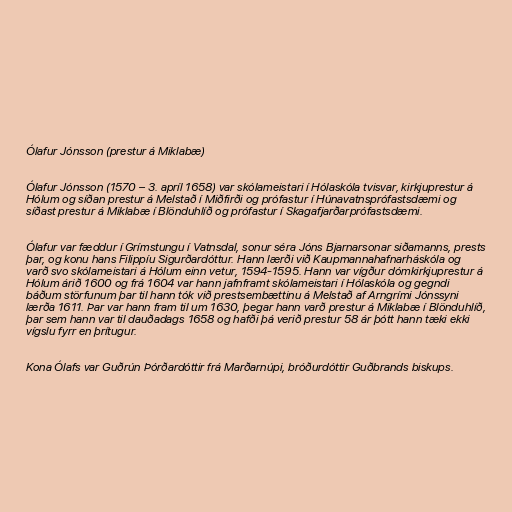
Ólafur Jónsson (prestur á Miklabæ)

Ólafur Jónsson (1570 – 3. apríl 1658) var skólameistari í Hólaskóla tvisvar, kirkjuprestur á
Hólum og síðan prestur á Melstað í Miðfirði og prófastur í Húnavatnsprófastsdæmi og
síðast prestur á Miklabæ í Blönduhlíð og prófastur í Skagafjarðarprófastsdæmi.

Ólafur var fæddur í Grímstungu í Vatnsdal, sonur séra Jóns Bjarnarsonar siðamanns, prests
þar, og konu hans Filippíu Sigurðardóttur. Hann lærði við Kaupmannahafnarháskóla og
varð svo skólameistari á Hólum einn vetur, 1594-1595. Hann var vígður dómkirkjuprestur á
Hólum árið 1600 og frá 1604 var hann jafnframt skólameistari í Hólaskóla og gegndi
báðum störfunum þar til hann tók við prestsembættinu á Melstað af Arngrími Jónssyni
lærða 1611. Þar var hann fram til um 1630, þegar hann varð prestur á Miklabæ í Blönduhlíð,
þar sem hann var til dauðadags 1658 og hafði þá verið prestur 58 ár þótt hann tæki ekki
vígslu fyrr en þrítugur.

Kona Ólafs var Guðrún Þórðardóttir frá Marðarnúpi, bróðurdóttir Guðbrands biskups.